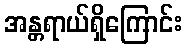
အန္တရာယ်ရှိကြောင်း